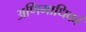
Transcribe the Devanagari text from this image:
अणिमाधिकां